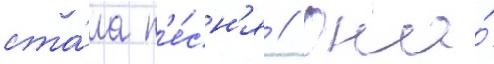
ста́ла п'е́сн'я // Она́